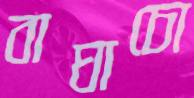
বাঘাচো